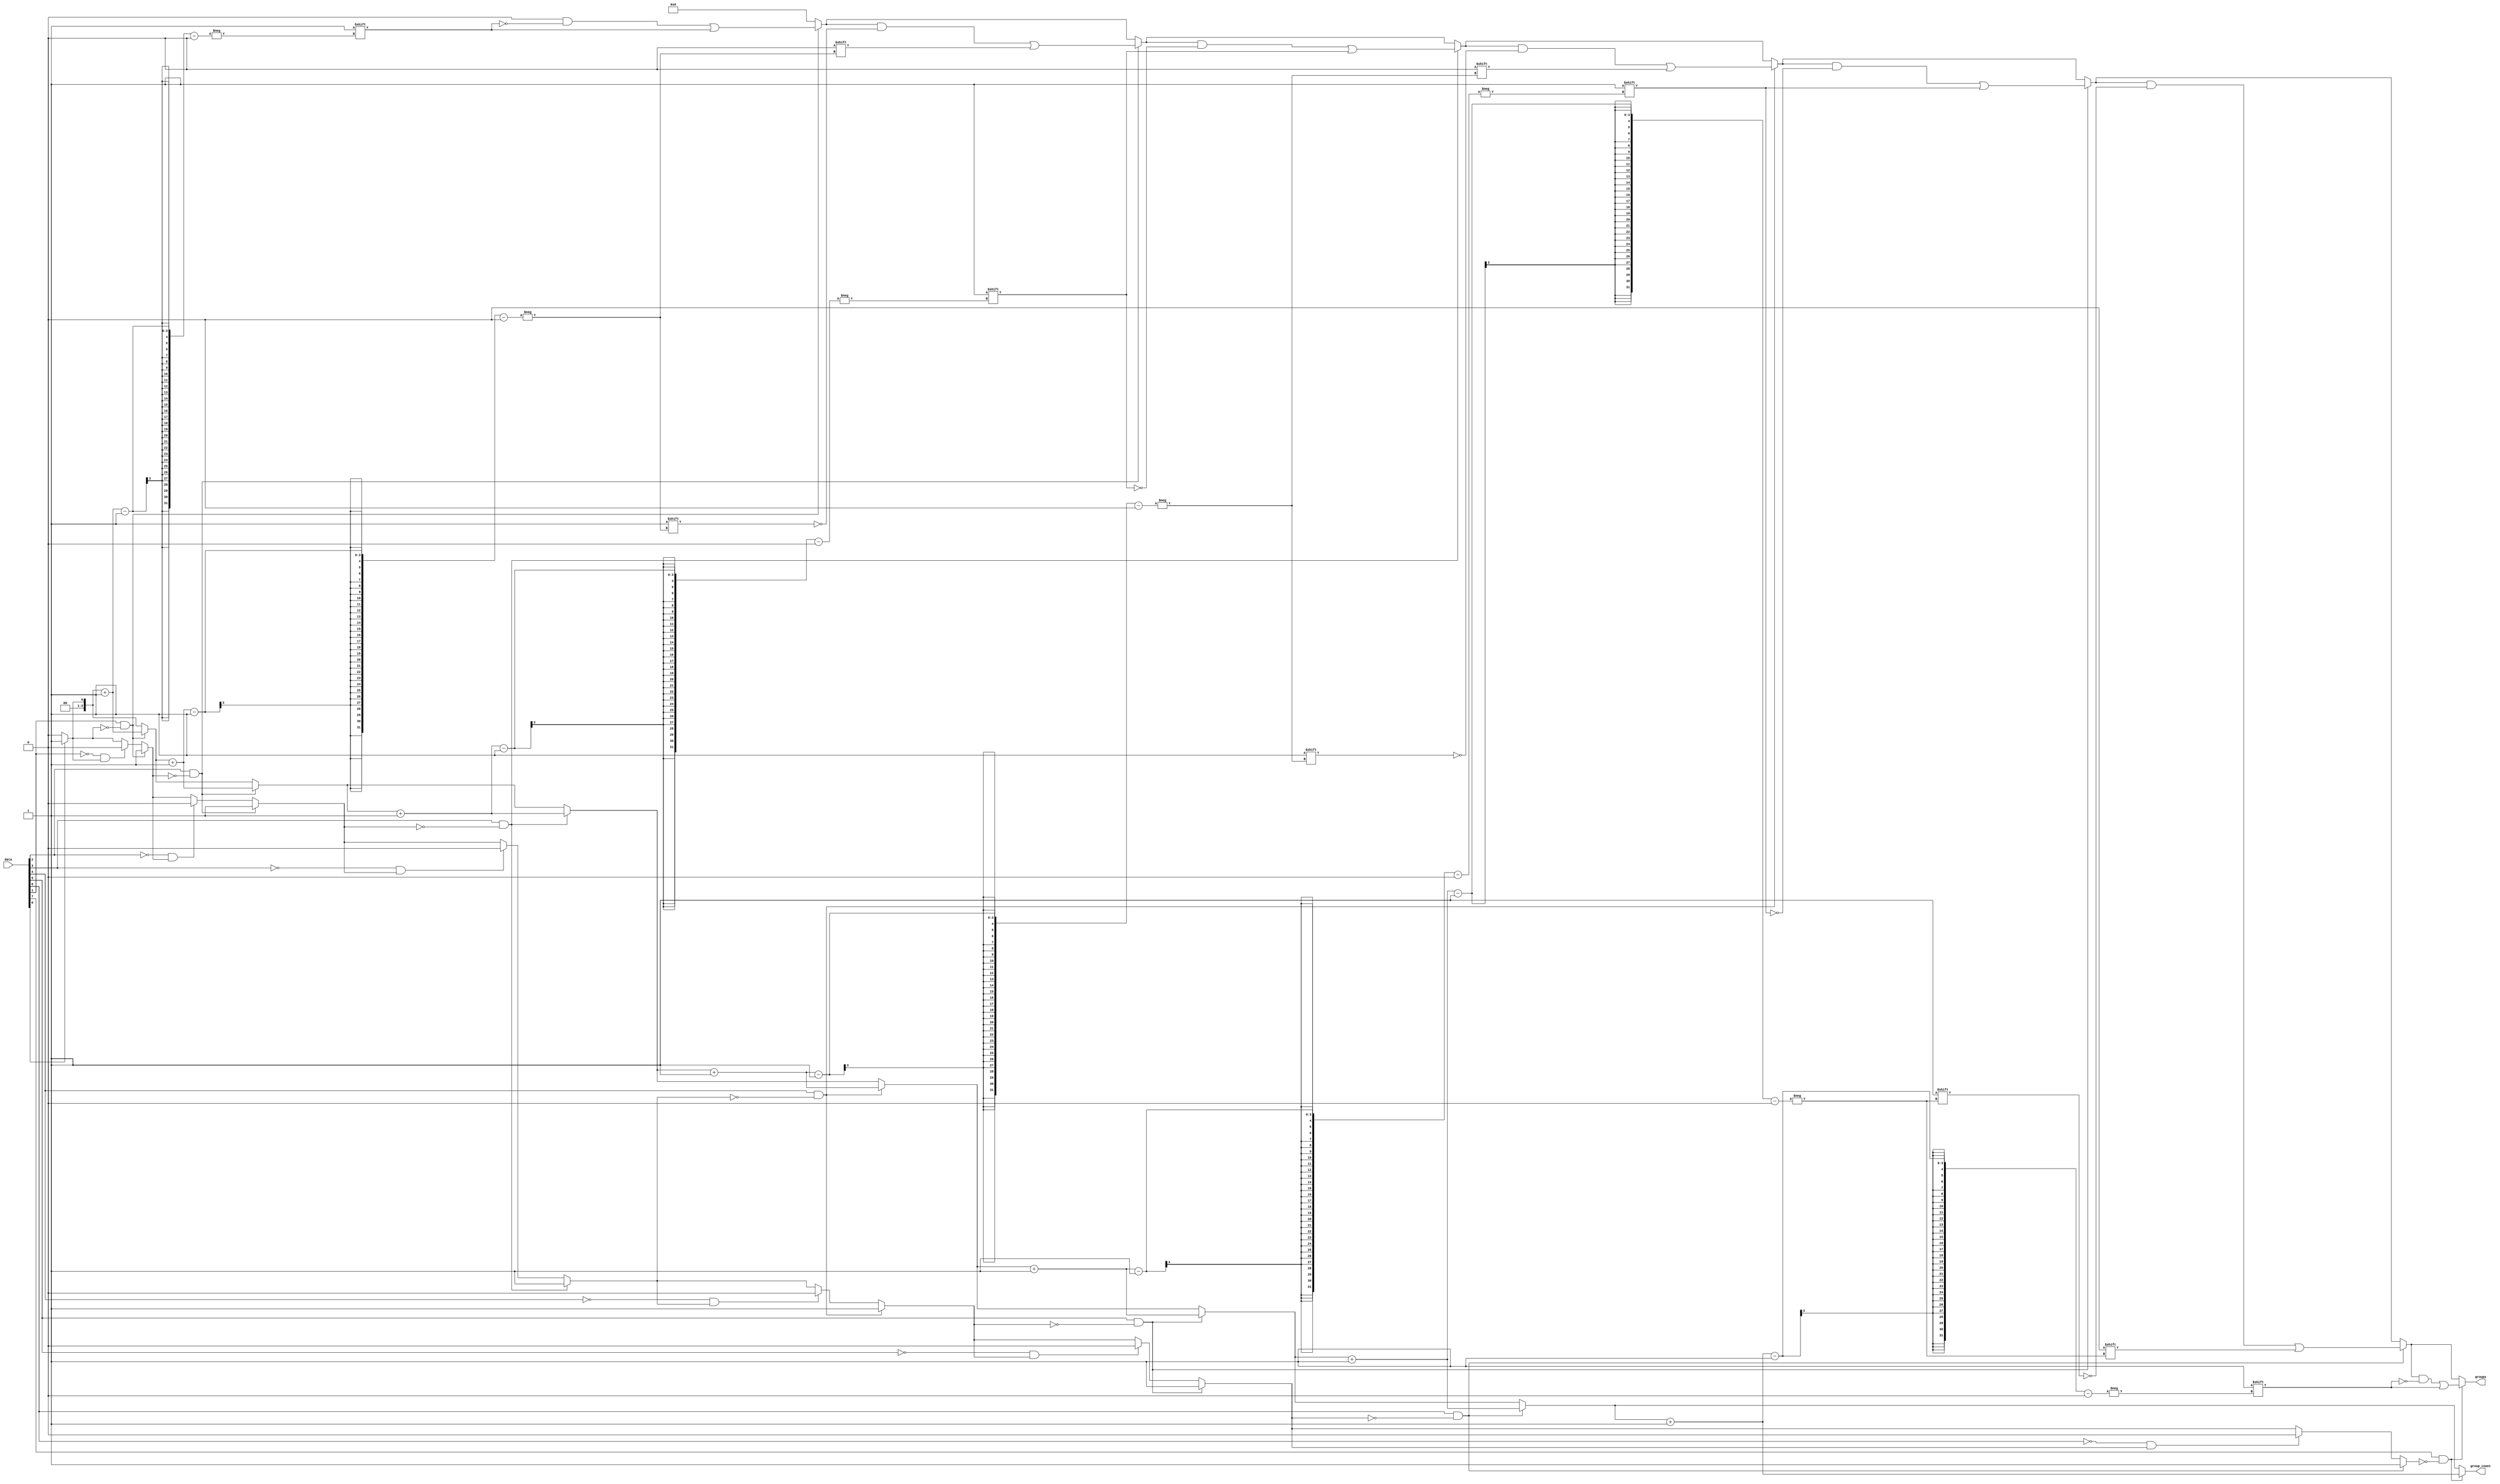
module grouping_of_ones #(parameter N = 8, // Width of input signal
                          parameter M = N) // Maximum possible groups
(
    input  [N-1:0] data,               // Input binary vector
    output reg [M-1:0] groups,          // Output vector for groups of '1's
    output reg [$clog2(M)-1:0] group_count // Output for the count of groups
);

    integer i; // Loop variable
    reg in_group; // State to track if we are currently in a group of '1's

    always @(*) begin
        // Initialize outputs
        groups = 0;
        group_count = 0;
        in_group = 0;

        // Iterate through each bit of the input data
        for (i = 0; i < N; i = i + 1) begin
            // Check for the start of a new group
            if (data[i] == 1'b1 && in_group == 1'b0) begin
                in_group = 1'b1; // Set the state to indicate we are in a group
                group_count = group_count + 1; // Increment group count
                groups[group_count - 1] = i; // Store the starting position of the group
            end
            // Check for the end of a group
            else if (data[i] == 1'b0 && in_group == 1'b1) begin
                in_group = 1'b0; // Exit the group state
            end
        end
        
        // If no groups were found, group_count will remain 0 and groups will be 0
    end

endmodule